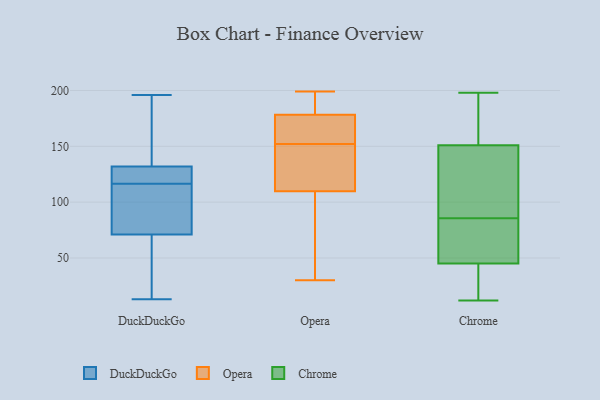
{"axis": {"x": "Net Income (USD K)", "y": "Value"}, "legend": ["Chrome", "DuckDuckGo", "Opera"], "data": [{"x": "", "y": 123, "type": "DuckDuckGo"}, {"x": "", "y": 131, "type": "DuckDuckGo"}, {"x": "", "y": 70, "type": "DuckDuckGo"}, {"x": "", "y": 115, "type": "DuckDuckGo"}, {"x": "", "y": 118, "type": "DuckDuckGo"}, {"x": "", "y": 13, "type": "DuckDuckGo"}, {"x": "", "y": 196, "type": "DuckDuckGo"}, {"x": "", "y": 167, "type": "DuckDuckGo"}, {"x": "", "y": 77, "type": "DuckDuckGo"}, {"x": "", "y": 21, "type": "DuckDuckGo"}, {"x": "", "y": 94, "type": "DuckDuckGo"}, {"x": "", "y": 122, "type": "DuckDuckGo"}, {"x": "", "y": 177, "type": "DuckDuckGo"}, {"x": "", "y": 128, "type": "DuckDuckGo"}, {"x": "", "y": 171, "type": "DuckDuckGo"}, {"x": "", "y": 104, "type": "DuckDuckGo"}, {"x": "", "y": 72, "type": "DuckDuckGo"}, {"x": "", "y": 133, "type": "DuckDuckGo"}, {"x": "", "y": 61, "type": "DuckDuckGo"}, {"x": "", "y": 56, "type": "DuckDuckGo"}, {"x": "", "y": 116, "type": "Opera"}, {"x": "", "y": 108, "type": "Opera"}, {"x": "", "y": 58, "type": "Opera"}, {"x": "", "y": 66, "type": "Opera"}, {"x": "", "y": 152, "type": "Opera"}, {"x": "", "y": 150, "type": "Opera"}, {"x": "", "y": 199, "type": "Opera"}, {"x": "", "y": 193, "type": "Opera"}, {"x": "", "y": 179, "type": "Opera"}, {"x": "", "y": 165, "type": "Opera"}, {"x": "", "y": 180, "type": "Opera"}, {"x": "", "y": 115, "type": "Opera"}, {"x": "", "y": 30, "type": "Opera"}, {"x": "", "y": 176, "type": "Opera"}, {"x": "", "y": 152, "type": "Opera"}, {"x": "", "y": 27, "type": "Chrome"}, {"x": "", "y": 171, "type": "Chrome"}, {"x": "", "y": 74, "type": "Chrome"}, {"x": "", "y": 151, "type": "Chrome"}, {"x": "", "y": 40, "type": "Chrome"}, {"x": "", "y": 12, "type": "Chrome"}, {"x": "", "y": 69, "type": "Chrome"}, {"x": "", "y": 45, "type": "Chrome"}, {"x": "", "y": 114, "type": "Chrome"}, {"x": "", "y": 162, "type": "Chrome"}, {"x": "", "y": 198, "type": "Chrome"}, {"x": "", "y": 29, "type": "Chrome"}, {"x": "", "y": 161, "type": "Chrome"}, {"x": "", "y": 84, "type": "Chrome"}, {"x": "", "y": 94, "type": "Chrome"}, {"x": "", "y": 120, "type": "Chrome"}, {"x": "", "y": 87, "type": "Chrome"}, {"x": "", "y": 82, "type": "Chrome"}]}